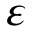
\varepsilon